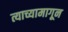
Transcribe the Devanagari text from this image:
त्याच्यामागून